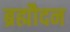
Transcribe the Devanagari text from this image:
ब्रह्मौदन